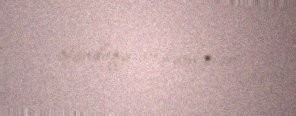
olunduğu məlum olur.